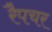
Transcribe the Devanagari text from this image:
रैपचर